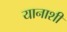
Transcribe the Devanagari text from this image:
यानाशी